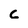
Character: 6